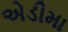
એડીમા